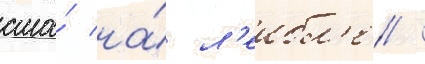
сша́ на́ л'еибл'е /